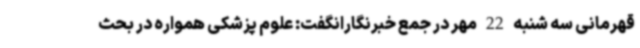
قهرمانی سه شنبه 22 مهر در جمع خبرنگارانگفت: علوم پزشکی همواره در بحث